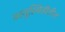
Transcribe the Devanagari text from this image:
वस्तुस्थितीतील